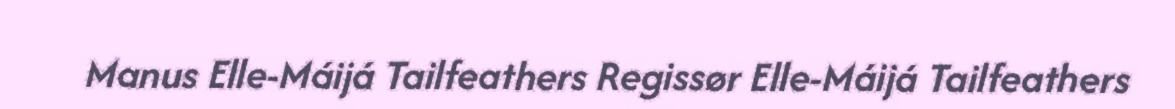
Manus Elle-Máijá Tailfeathers Regissør Elle-Máijá Tailfeathers